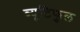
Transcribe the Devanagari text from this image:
ब्यूटिफुल